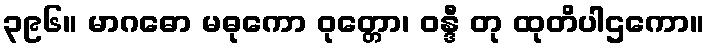
၃၉၆။ မာဂဓော မဓုကော ဝုတ္တော၊ ဝန္ဒီ တု ထုတိပါဌကော။